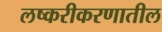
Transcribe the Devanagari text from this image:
लष्करीकरणातील